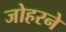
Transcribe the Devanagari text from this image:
जोहरने